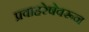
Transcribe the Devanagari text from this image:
प्रवाहरेषेवरून